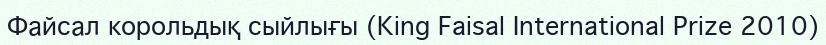
Файсал корольдық сыйлығы (King Faisal International Prize 2010)